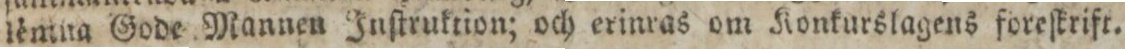
lèmita Gode Mannen Inſtruktion; och erinras om Konkurslagens föreſkrift.